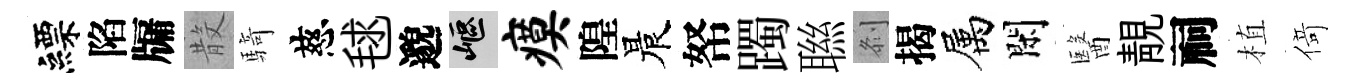
縹陷牖𣪚騎慈毬邈嶇瘼隍晨帑躅聮𠛴揭属閑醫靚祠植𠋣